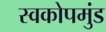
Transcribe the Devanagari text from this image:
स्वकोपमुंड